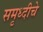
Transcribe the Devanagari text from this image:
समृध्‍दीचे